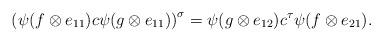
LaTeX: \begin{align*}\left(\psi(f\otimes e_{11})c\psi(g\otimes e_{11})\right)^{\sigma}=\psi(g\otimes e_{12})c^{\tau}\psi(f\otimes e_{21}).\end{align*}